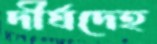
দীর্ঘদেহ